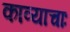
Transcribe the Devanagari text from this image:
काव्याचाः